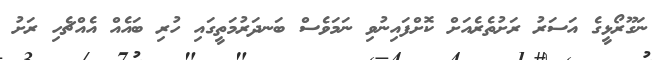
ނަގޫރޯޅީގެ އަސަރު ރަށުތެރެއަށް ކޮށްފައިނުވި ނަމަވެސް ބަނދަރުމަތީގައި ހުރި ބައެއް އެއްޗެހި ރަށު